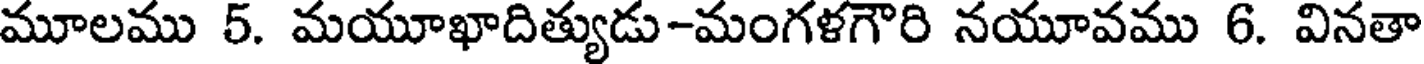
మూలము 5. మయూఖాదిత్యుడు-మంగళగౌరి నయూవము 6. వినతా